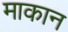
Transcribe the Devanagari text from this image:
माकान